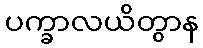
ပက္ခာလယိတွာန